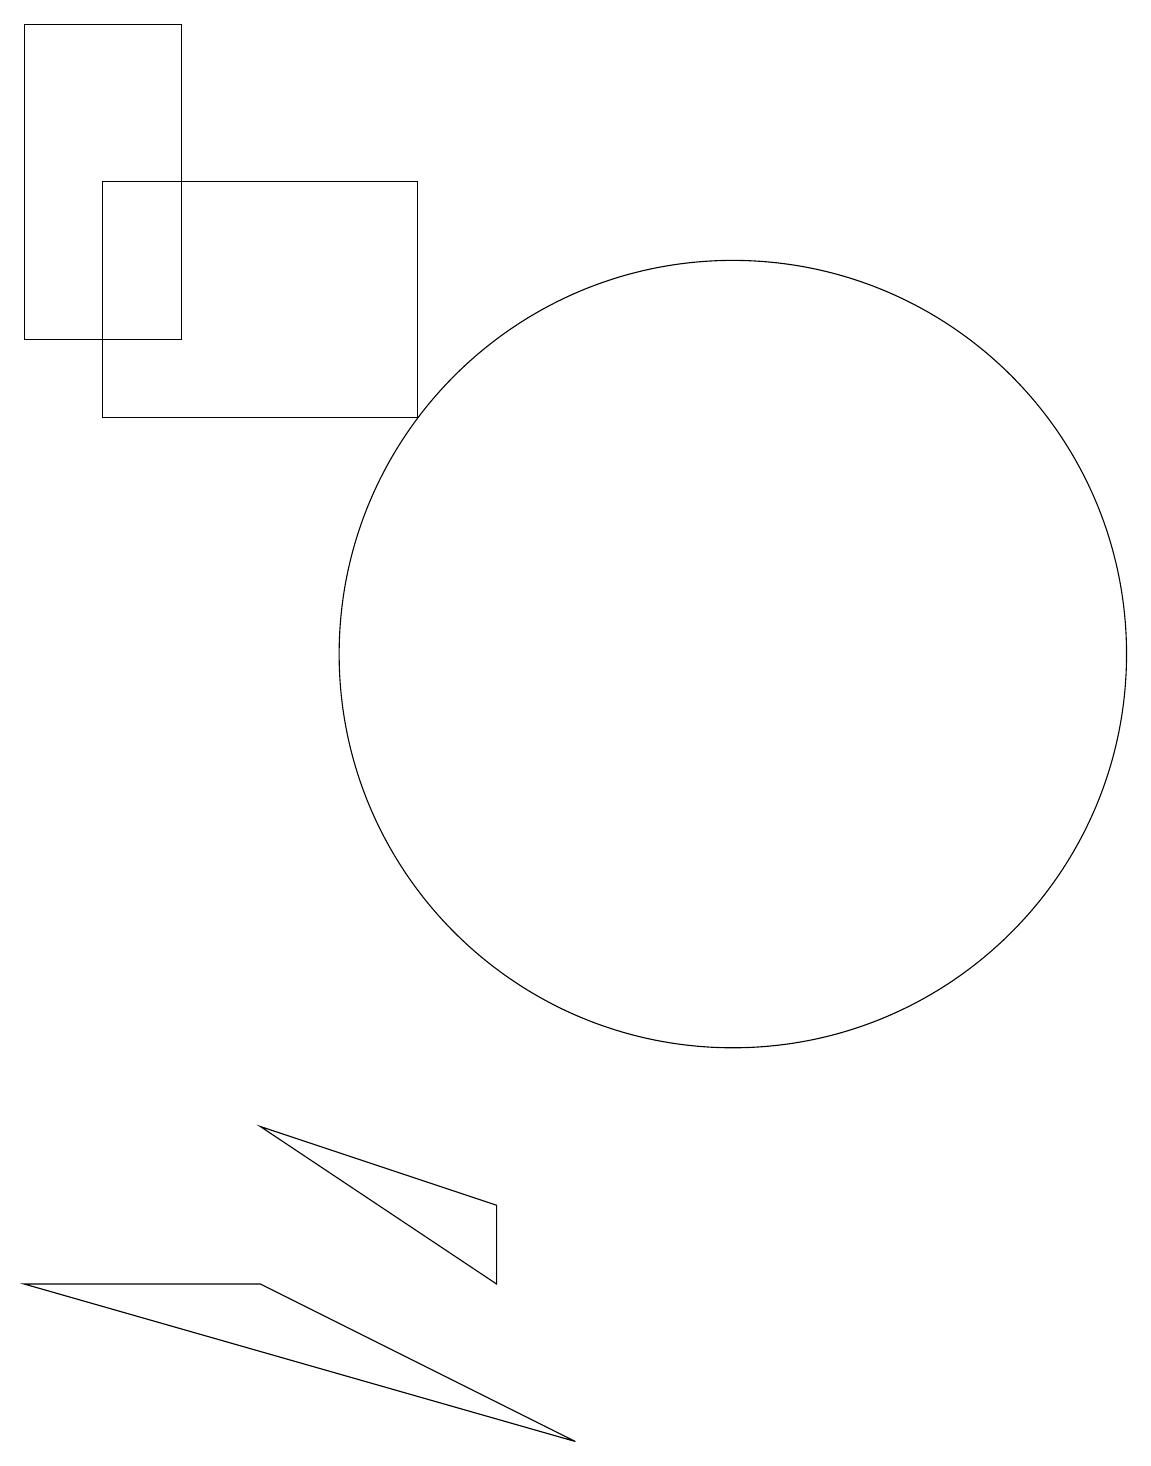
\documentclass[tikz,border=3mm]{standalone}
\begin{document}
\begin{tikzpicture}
\draw (2,19) rectangle (4,15);
\draw (3,17) rectangle (7,14);
\draw (11,11) circle (5);
\draw (9,1) -- (5,3) -- (2,3) -- cycle;
\draw (5,5) -- (8,4) -- (8,3) -- cycle;
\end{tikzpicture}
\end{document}